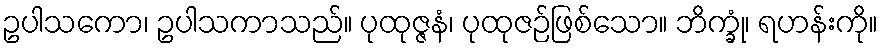
ဥပါသကော၊ ဥပါသကာသည်။ ပုထုဇ္ဇနံ၊ ပုထုဇဉ်ဖြစ်သော။ ဘိက္ခုံ၊ ရဟန်းကို။